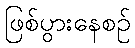
ဖြစ်ပွားနေစဉ်